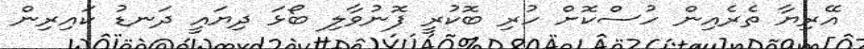
އޭރިޔާ ތެރެއިން ހުސްކޮށް ހުރި ބޮކުރީ ފޮނުވާލި ބޯޅަ ދިޔައީ ދަނޑު ކައިރިން